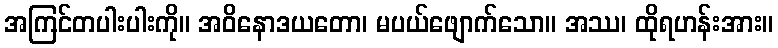
အကြင်တပါးပါးကို။ အဝိနောဒယတော၊ မပယ်ဖျောက်သော။ အဿ၊ ထိုရဟန်းအား။